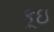
કૂઇ